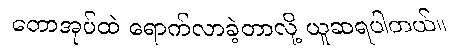
တောအုပ်ထဲ ရောက်လာခဲ့တာလို့ ယူဆရပါတယ်။